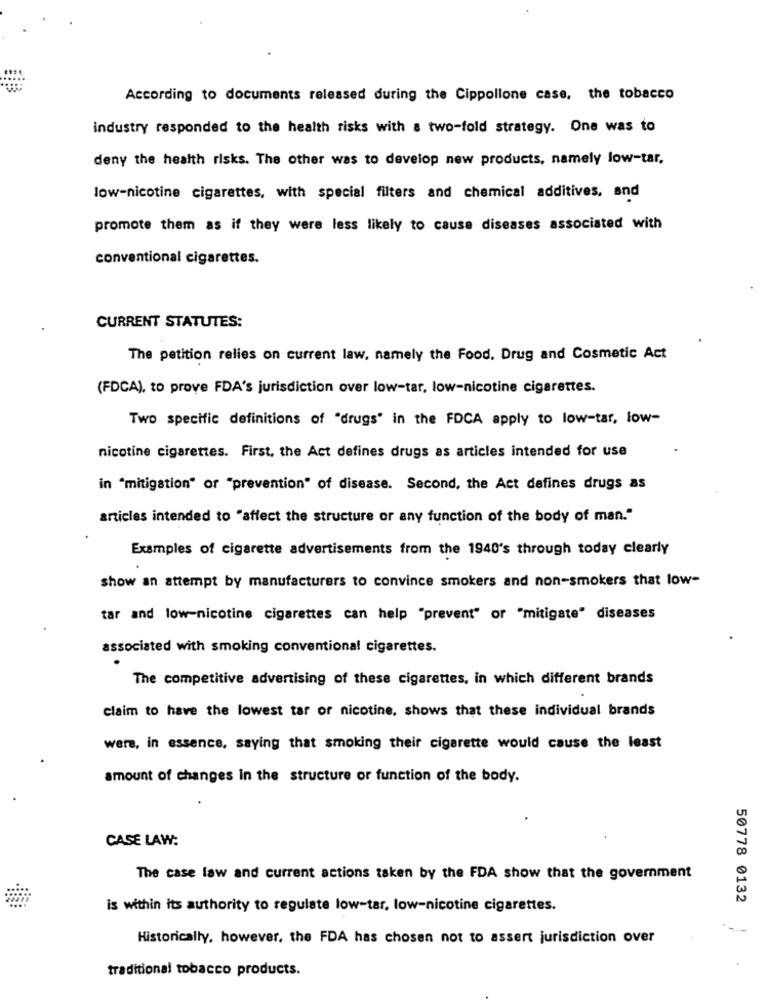
According to documents released during the Cippollone case, the tobacco
industry responded to the health risks with a two-fold strategy. One was to
deny the health risks. The other was to develop new products, namely low-tar,
low-nicotine cigarettes, with special filters and chemical additives, and
promote them as if they were less likely to cause diseases associated with
conventional cigarettes.
CURRENT STATUTES:
The petition relies on current law, namely the Food, Drug and Cosmetic Act
(FDCA), to prove FDA's jurisdiction over low-tar, low-nicotine cigarettes.
Two specific definitions of "drugs' in the FDCA apply to low-tar, low-
nicotine cigarettes. First, the Act defines drugs as articles intended for use
in "mitigation" or "prevention" of disease. Second, the Act defines drugs as
articles intended to "affect the structure or any function of the body of man."
Examples of cigarette advertisements from the 1940's through today clearly
show an attempt by manufacturers to convince smokers and non-smokers that low-
tar and low-nicotine cigarettes can help "prevent" or "mitigate" diseases
associated with smoking conventional cigarettes.
The competitive advertising of these cigarettes, in which different brands
claim to have the lowest tar or nicotine, shows that these individual brands
were, in essence, saying that smoking their cigarette would cause the least
amount of changes in the structure or function of the body.
CASE LAW:
The case law and current actions taken by the FDA show that the government
50778 0132
is within its authority to regulate low-tar, low-nicotine cigarettes.
Historically, however, the FDA has chosen not to assert jurisdiction over
traditional tobacco products.